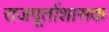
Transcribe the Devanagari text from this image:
राजपूतोंशासक